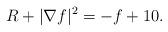
LaTeX: \begin{align*} R + |\nabla f|^2 = - f + 10 . \end{align*}